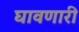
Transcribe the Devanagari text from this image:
घावणारी